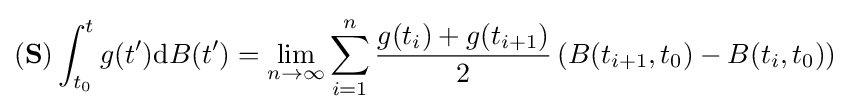
(\mathbf {S} )\int _{t_{0}}^{t}g(t^{\prime })\mathrm {d} B(t^{\prime })=\lim _{n\to \infty }\sum _{i=1}^{n}{\frac {g(t_{i})+g(t_{i+1})}{2}}\left(B(t_{i+1},t_{0})-B(t_{i},t_{0})\right)